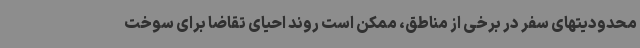
محدودیتهای سفر در برخی از مناطق، ممکن است روند احیای تقاضا برای سوخت